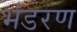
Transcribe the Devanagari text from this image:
भंडरण